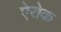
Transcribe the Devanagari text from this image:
ऐरोक